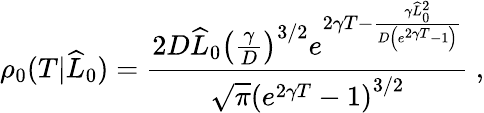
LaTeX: \rho_{0}(T|\widehat{L}_{0})=\frac{2D\widehat{L}_{0}\left(\frac{\gamma}{D}\right)^{3/2}e^{2\gamma T-\frac{\gamma\widehat{L}_{0}^{2}}{D\left(e^{2\gamma T}-1\right)}}}{\sqrt{\pi}\left(e^{2\gamma T}-1\right)^{3/2}}\ ,